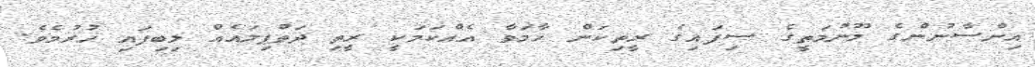
އިންސާނުންގެ މޫނުމަތީގެ ސިފައިގެ ރީތިކަން ހާމަވާ އެއްކަމަކީ ރީތި ދަތްޕިލައެއް ލިބިފައި ހުރުމެވެ.